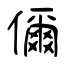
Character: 儞